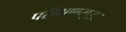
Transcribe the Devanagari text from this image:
परीक्षणसुद्धा